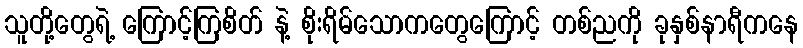
သူတို့တွေရဲ့ ကြောင့်ကြစိတ် နဲ့ စိုးရိမ်သောကတွေကြောင့် တစ်ညကို ခုနှစ်နာရီကနေ